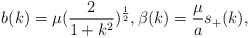
\begin{align*}b(k) = \mu (\frac{2}{1+k^2})^{\frac{1}{2}}, \beta(k) = \frac{\mu}{a}s_+(k),\end{align*}